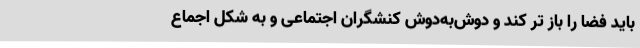
باید فضا را باز تر کند و دوش‌به‌دوش کنشگران اجتماعی و به شکل اجماع